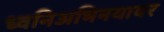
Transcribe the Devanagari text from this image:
ध्वनिअभिनयावर